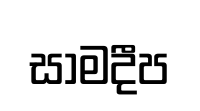
සාමදීප